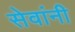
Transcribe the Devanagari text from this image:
सेवांनी